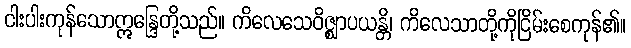
ငါးပါးကုန်သောဣန္ဒြေတို့သည်။ ကိလေသေဝိဇ္ဈာပယန္တိ၊ ကိလေသာတို့ကိုငြိမ်းစေကုန်၏။